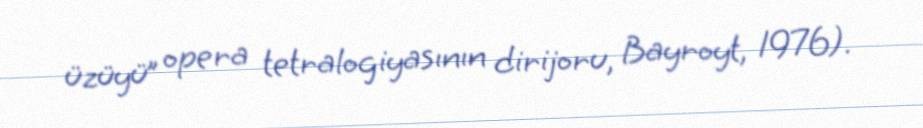
üzüyü” opera tetralogiyasının dirijoru, Bayroyt, 1976).